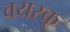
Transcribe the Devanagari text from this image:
वयस्क्